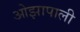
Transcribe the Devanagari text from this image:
ओझापाली